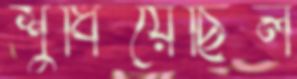
শুধিয়েছিল